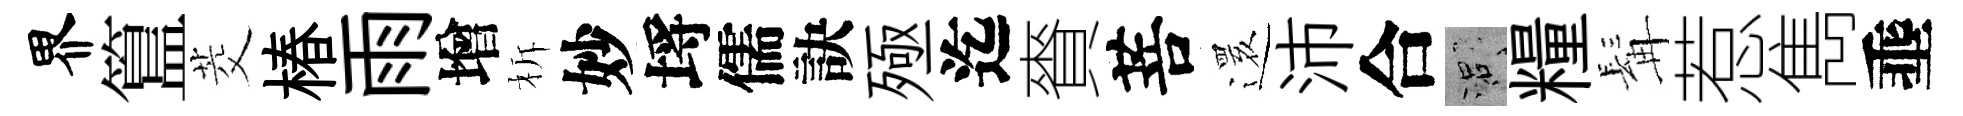
界簋茭椿雨增柝妙埓儒訣殛迄賚菩𮟃沛合口糧髯惹雋埀